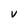
Character: V